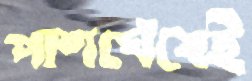
পাশঘেঁষেই